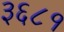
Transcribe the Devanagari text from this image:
३६८१